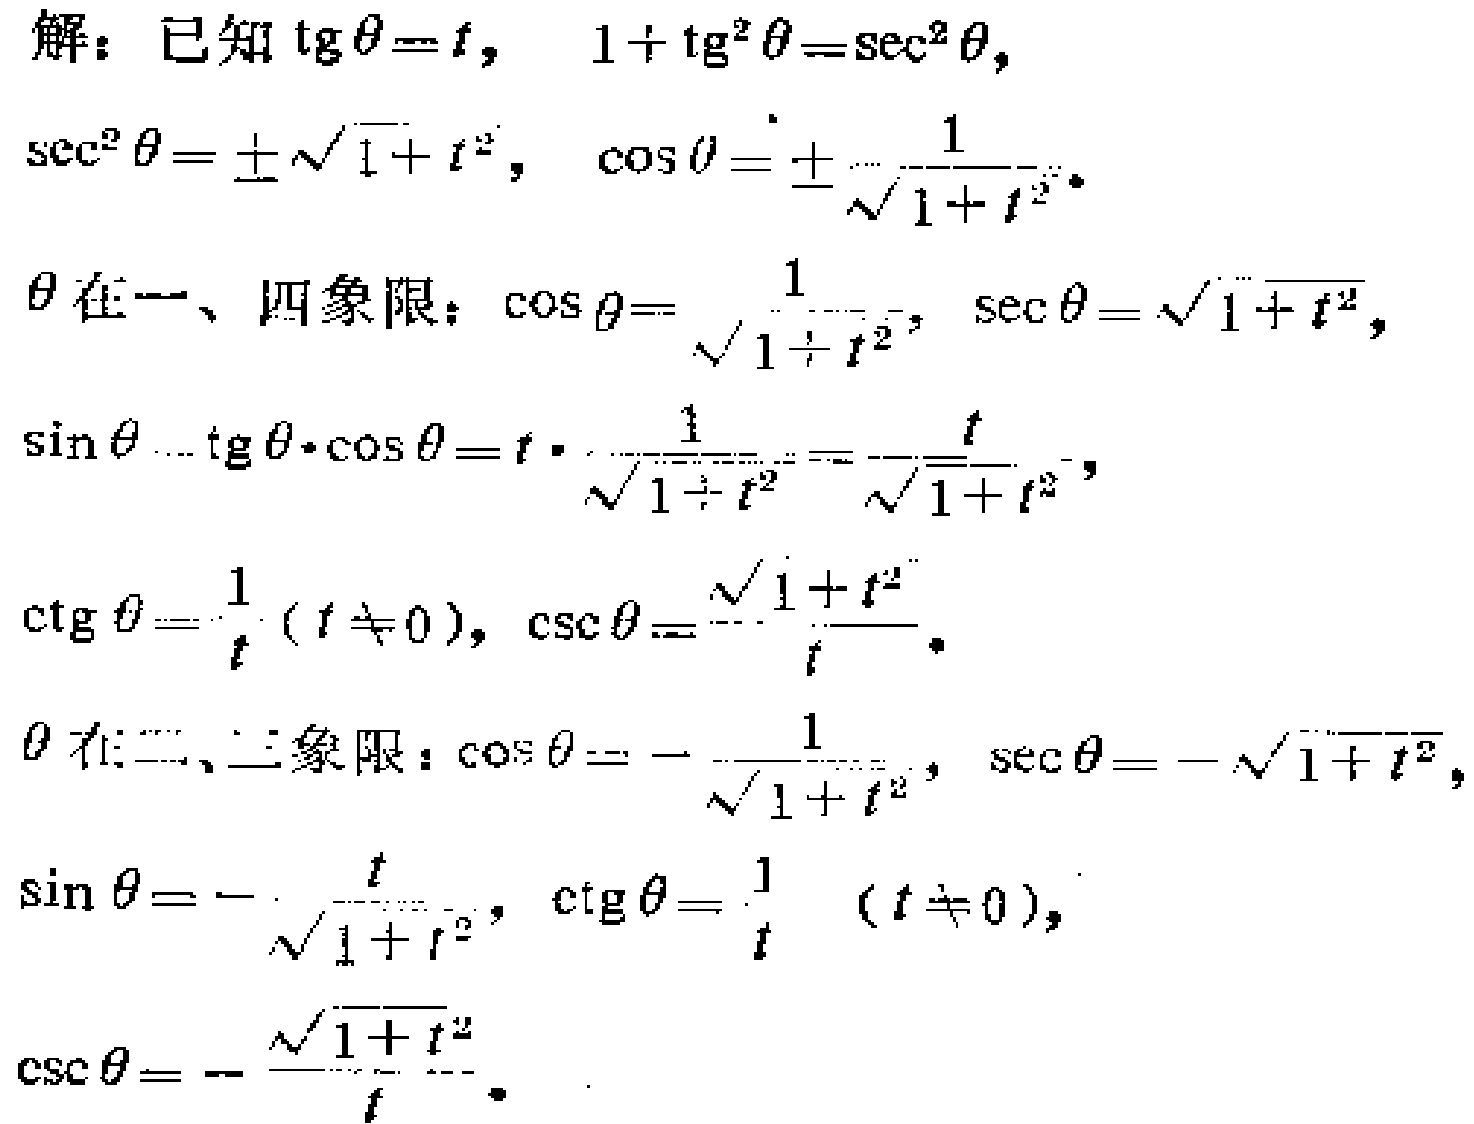
解：已知\(\mathrm{tg}\theta = t\)， \(1 + \mathrm{tg}^{2}\theta=\sec^{2}\theta\)，
\(\sec^{2}\theta=\pm\sqrt{1 + t^{2}}\)， \(\cos\theta=\pm\frac{1}{\sqrt{1 + t^{2}}}\)。
\(\theta\)在一、四象限：\(\cos\theta=\frac{1}{\sqrt{1 + t^{2}}}\)， \(\sec\theta=\sqrt{1 + t^{2}}\)，
\(\sin\theta=\mathrm{tg}\theta\cdot\cos\theta=t\cdot\frac{1}{\sqrt{1 + t^{2}}}=\frac{t}{\sqrt{1 + t^{2}}}\)，
\(\mathrm{ctg}\theta=\frac{1}{t}(t\neq0)\)， \(\csc\theta=\frac{\sqrt{1 + t^{2}}}{t}\)。
\(\theta\)在二、三象限：\(\cos\theta=-\frac{1}{\sqrt{1 + t^{2}}}\)， \(\sec\theta=-\sqrt{1 + t^{2}}\)，
\(\sin\theta=-\frac{t}{\sqrt{1 + t^{2}}}\)， \(\mathrm{ctg}\theta=\frac{1}{t}(t\neq0)\)，
\(\csc\theta=-\frac{\sqrt{1 + t^{2}}}{t}\)。